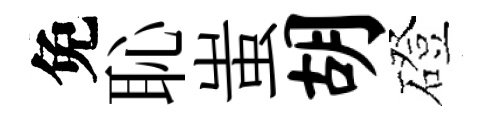
免恥蚩胡磴